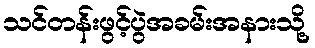
သင်တန်းဖွင့်ပွဲအခမ်းအနားသို့